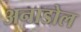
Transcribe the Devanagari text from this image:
अनाडोल